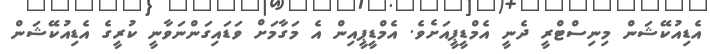
އެޑިއުކޭޝަން މިނިސްޓްރީ ދެނީ އެމްޑީޕީއަށެވެ. އެމްޑީޕީއިން އެ މަގާމަށް ވަޑައިގަންނަވާނީ ކުރީގެ އެޑިއުކޭޝަން